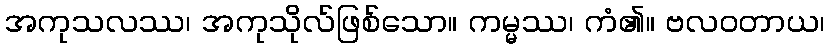
အကုသလဿ၊ အကုသိုလ်ဖြစ်သော။ ကမ္မဿ၊ ကံ၏။ ဗလဝတာယ၊